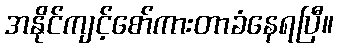
အနိုင်ကျင့်စော်ကားတာခံနေရပြီ။